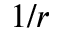
1 / r